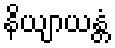
နိယျာယန္တံ